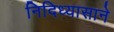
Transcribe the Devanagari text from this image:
निदिध्यासाने